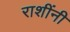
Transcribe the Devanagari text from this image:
राशींनी